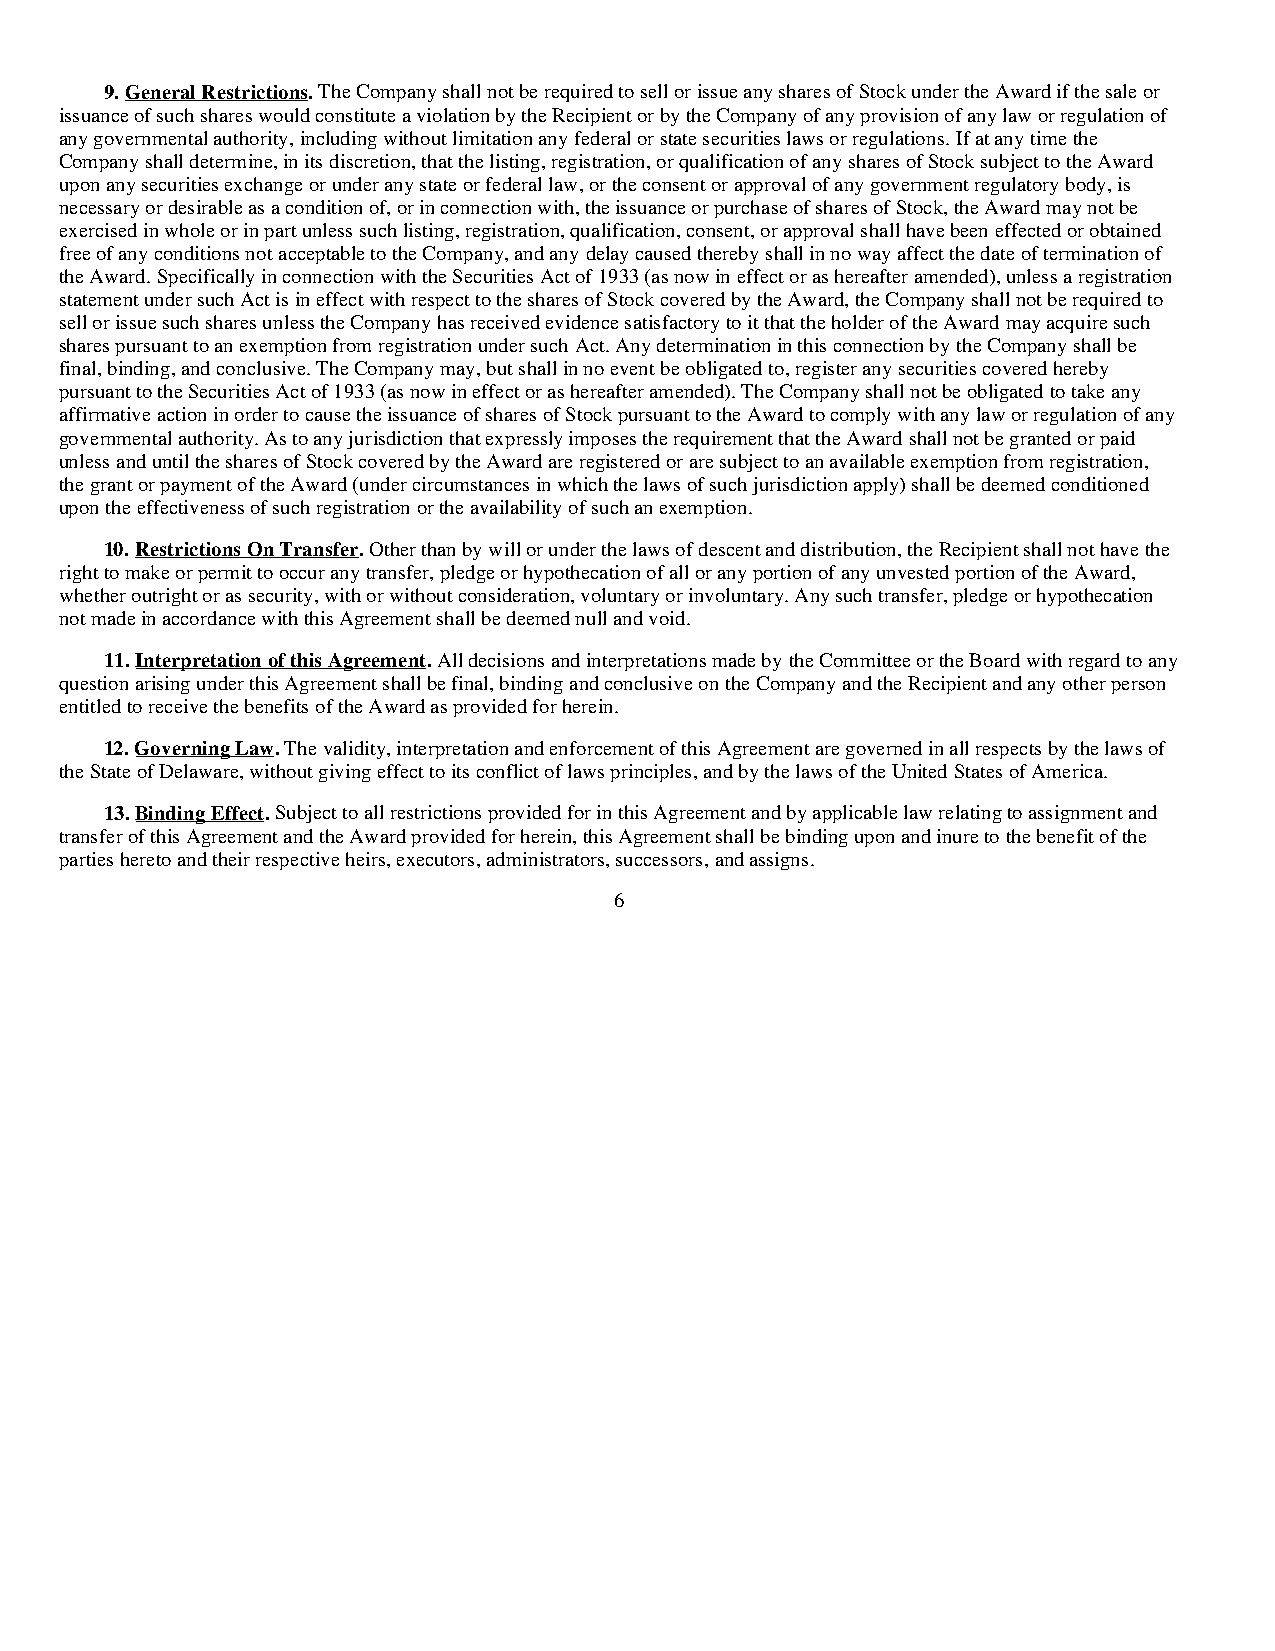
9. General Restrictions. The Company shall not be required to sell or issue any shares of Stock under the Award if the sale or
 issuance of such shares would constitute a violation by the Recipient or by the Company of any provision of any law or regulation of
 any governmental authority, including without limitation any federal or state securities laws or regulations. If at any time the
 Company shall determine, in its discretion, that the listing, registration, or qualification of any shares of Stock subject to the Award
 upon any securities exchange or under any state or federal law, or the consent or approval of any government regulatory body, is
 necessary or desirable as a condition of, or in connection with, the issuance or purchase of shares of Stock, the Award may not be
 exercised in whole or in part unless such listing, registration, qualification, consent, or approval shall have been effected or obtained
 free of any conditions not acceptable to the Company, and any delay caused thereby shall in no way affect the date of termination of
 the Award. Specifically in connection with the Securities Act of 1933 (as now in effect or as hereafter amended), unless a registration
 statement under such Act is in effect with respect to the shares of Stock covered by the Award, the Company shall not be required to
 sell or issue such shares unless the Company has received evidence satisfactory to it that the holder of the Award may acquire such
 shares pursuant to an exemption from registration under such Act. Any determination in this connection by the Company shall be
 final, binding, and conclusive. The Company may, but shall in no event be obligated to, register any securities covered hereby
 pursuant to the Securities Act of 1933 (as now in effect or as hereafter amended). The Company shall not be obligated to take any
 affirmative action in order to cause the issuance of shares of Stock pursuant to the Award to comply with any law or regulation of any
 governmental authority. As to any jurisdiction that expressly imposes the requirement that the Award shall not be granted or paid
 unless and until the shares of Stock covered by the Award are registered or are subject to an available exemption from registration,
 the grant or payment of the Award (under circumstances in which the laws of such jurisdiction apply) shall be deemed conditioned
 upon the effectiveness of such registration or the availability of such an exemption.
 10. Restrictions On Transfer. Other than by will or under the laws of descent and distribution, the Recipient shall not have the
 right to make or permit to occur any transfer, pledge or hypothecation of all or any portion of any unvested portion of the Award,
 whether outright or as security, with or without consideration, voluntary or involuntary. Any such transfer, pledge or hypothecation
 not made in accordance with this Agreement shall be deemed null and void.
 11. Interpretation of this Agreement.All decisions and interpretations made by the Committee or the Board with regard to any
 question arising under this Agreement shall be final, binding and conclusive on the Company and the Recipient and any other person
 entitled to receive the benefits of the Award as provided for herein.
 12. Governing Law. The validity, interpretation and enforcement of this Agreement are governed in all respects by the laws of
 the State of Delaware, without giving effect to its conflict of laws principles, and by the laws of the United States of America.
 13. Binding Effect. Subject to all restrictions provided for in this Agreement and by applicable law relating to assignment and
 transfer of this Agreement and the Award provided for herein, this Agreement shall be binding upon and inure to the benefit of the
 parties hereto and their respective heirs, executors, administrators, successors, and assigns.
 6